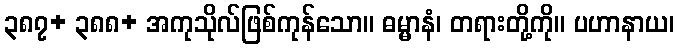
၃၈၇+ ၃၈၈+ အကုသိုလ်ဖြစ်ကုန်သော။ ဓမ္မာနံ၊ တရားတို့ကို။ ပဟာနာယ၊